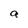
Character: a